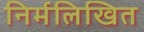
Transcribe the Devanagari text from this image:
निर्मलिखित